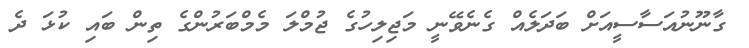
ގާނޫނުއަސާސީއަށް ބަދަލެއް ގެނެވޭނީ މަޖިލިހުގެ ޖުމްލަ މެމްބަރުންގެ ތިން ބައި ކުޅަ ދެ